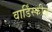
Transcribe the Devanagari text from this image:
वार्डिंस्कीज